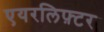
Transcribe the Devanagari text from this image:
एयरलिफ़्टर